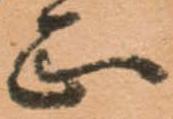
正